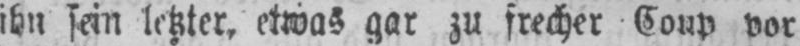
ihn sein letzter, etwas gar zu frecher Coup vor